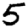
Digit: 5